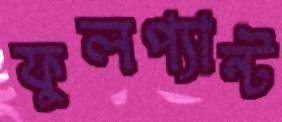
ফুলপ্যান্ট